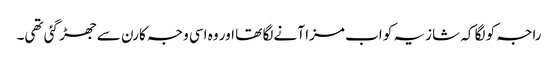
راجہ کو لگا کہ شازیہ کو اب مزا آنے لگا تھا اور وہ اسی وجہ کارن سے جھڑ گئی تھی۔